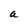
Character: a